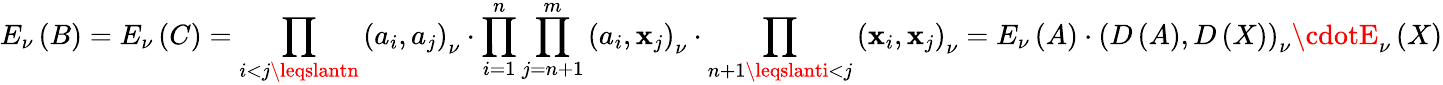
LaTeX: E_{\nu}\left(B\right)=E_{\nu}\left(C\right)=\prod_{i<j\leqslantn}\left(a_{i},a_{j}\right)_{\nu}\cdot\prod_{i=1}^{n}\prod_{j=n+1}^{m}\left(a_{i},\mathbf{x}_{j}\right)_{\nu}\cdot\prod_{n+1\leqslanti<j}\left(\mathbf{x}_{i},\mathbf{x}_{j}\right)_{\nu}=E_{\nu}\left(A\right)\cdot\left(D\left(A\right),D\left(X\right)\right)_{\nu}\cdotE_{\nu}\left(X\right)